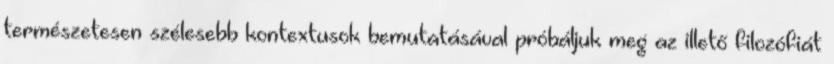
természetesen szélesebb kontextusok bemutatásával próbáljuk meg az illető filozófiát